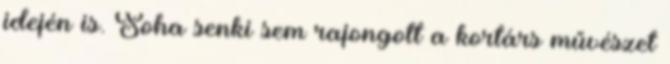
idején is. Soha senki sem rajongott a kortárs művészet